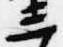
三